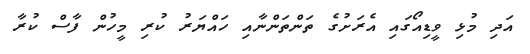
އަދި މުޅި ވީޑިއޯގައި އެރަށުގެ ތަންތަންނާއި ހައްޔަރު ކުރި މީހުން ފާސް ކުރާ